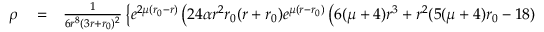
\begin{array} { r l r } { \rho } & { { } = } & { \frac { 1 } { 6 r ^ { 8 } ( 3 r + { r _ { 0 } } ) ^ { 2 } } \left\lbrace e ^ { 2 \mu ( { r _ { 0 } } - r ) } \left( 2 4 \alpha r ^ { 2 } { r _ { 0 } } ( r + { r _ { 0 } } ) e ^ { \mu ( r - { r _ { 0 } } ) } \left( 6 ( \mu + 4 ) r ^ { 3 } + r ^ { 2 } ( 5 ( \mu + 4 ) { r _ { 0 } } - 1 8 ) \right. \right. \right. } \end{array}